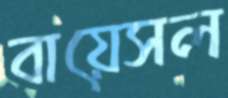
বায়েসল